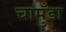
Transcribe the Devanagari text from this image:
चामुँडा